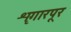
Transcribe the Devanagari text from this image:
शृगारपूर